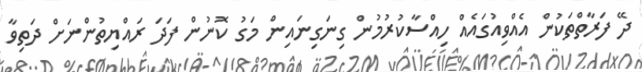
ދޭ ފަރާތްތަކުން އެއްވިއުގައެއް ހިއްސާކުރުމުން ގިނަގިނައިން މަގު ކޮނުން ފަދަ ރައްޔިތުންނަށް ދަތިވާ